Rangoon Lunatic Asylum 1898-1906 - 1898-1906
Year: 1898
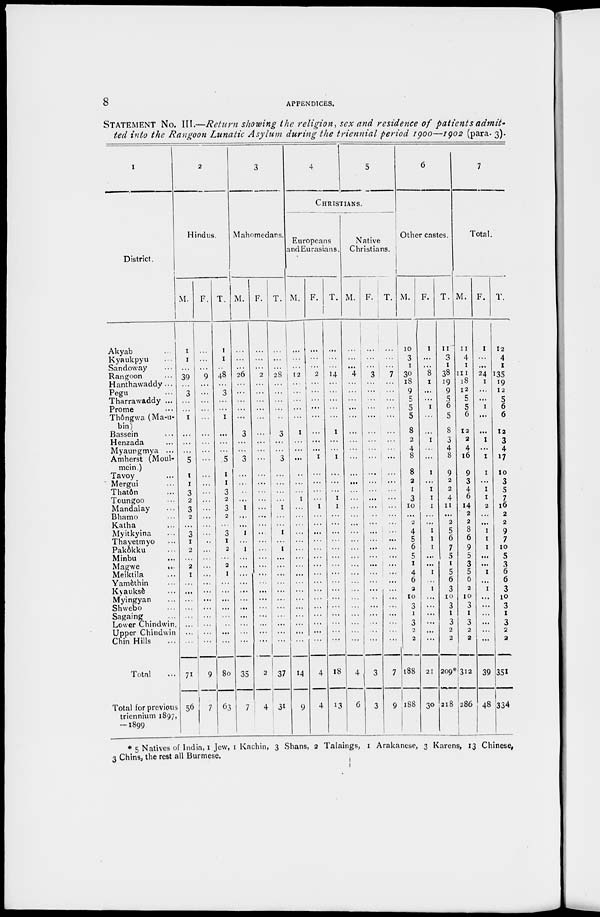
8
APPENDICES.
STATEMENT No. III.—Return showing the religion, sex and residence of patients
admit-
ted into the Rangoon Lunatic Asylum during the triennial period 1900—1902 (para. 3).
1
District.
Akyab ...
Kyaukpyu ...
Sandoway ...
Rangoon ...
Hanthawaddy ...
Pegu ...
Tharrawaddy ...
Prome ...
Thôngwa (Ma-u-
bin)
Bassein ...
Henzada ...
Myaungmya ...
Amherst (Moul-
mein.)
Tavoy ...
Mergui ...
Thatôn ...
Toungoo ...
Mandalay ...
Bhamo ...
Katha ...
Myitkyina ...
Thayetmyo ...
Pakôkku ...
Minbu ...
Magwe
...
Meiktila ...
Yamèthin ...
Kyauksè ...
Myingyan ...
Shwebo ...
Sagaing ...
Lower Chindwin
Upper Chindwin
Chin Hills ...
Total ...
Total for previous
triennium 1897,
—1899
2
Hindus.
M.
1
1
...
39
...
3
...
...
1
...
...
...
5
1
1
3
2
3
2
...
3
1
2
...
2
1
...
...
...
...
...
...
...
...
71
56
F.
...
...
...
9
...
...
...
...
...
...
...
...
...
...
...
...
...
...
...
...
...
...
...
...
...
...
...
...
...
...
...
...
...
...
9
7
T.
1
1
...
48
...
3
...
...
1
...
...
...
5
1
1
3
2
3
2
...
3
1
2
...
2
1
...
...
...
...
...
...
...
...
80
63
3
Mahomedans.
M.
...
...
...
26
...
...
...
...
...
3
...
...
3
...
...
...
...
1
...
...
1
...
1
...
...
...
...
...
...
...
...
...
...
...
35
7
F.
...
...
...
2
...
...
...
...
...
...
...
...
...
...
...
...
...
...
...
...
...
...
...
...
...
...
...
...
...
...
...
...
...
...
2
4
T.
1
...
...
28
...
...
...
...
...
3
...
...
3
...
...
...
...
1
...
...
1
...
1
...
...
...
...
...
...
...
...
...
...
...
37
31
4
5
CHRISTIANS.
Europeans
and Eurasians.
M.
...
...
...
12
...
...
...
...
...
1
...
...
...
...
...
...
1
...
...
...
...
...
...
...
...
...
...
...
...
...
...
...
...
...
14
9
F.
...
...
...
2
...
...
...
...
...
...
...
...
1
...
...
...
...
1
...
...
...
...
...
...
...
...
...
...
...
...
...
...
...
...
4
4
T.
...
...
...
14
...
...
...
...
...
1
...
...
1
...
...
...
1
1
...
...
...
...
...
...
...
...
...
...
...
...
...
...
...
...
18
13
Native
Christians.
M.
...
...
...
4
...
...
...
...
...
...
...
...
...
...
...
...
...
...
...
...
...
...
...
...
...
...
...
...
...
...
...
...
...
...
4
6
F.
...
...
...
3
...
...
...
...
...
...
...
...
...
...
...
...
...
...
...
...
...
...
...
...
...
...
...
...
...
...
...
...
...
...
3
3
T.
...
...
...
7
...
...
...
...
...
...
...
...
...
...
...
...
...
...
...
...
...
...
...
...
...
...
...
...
...
...
...
...
...
...
7
9
6
Other castes.
M.
10
3
1
30
18
9
5
5
5
8
2
4
8
8
2
1
3
10
...
2
4
5
6
5
1
4
6
2
10
3
1
3
2 2
188
188
F.
1
...
...
8
1
...
...
1
...
...
1
...
...
1
...
1
1
1
...
...
1
1
1
...
...
1
...
1
...
...
...
...
...
...
21
30
T.
11
3
1
38
19
9
5
6
5
8
3
4
8
9
2
2
4
11
...
2
5
6
7
5
1
5
6
3
10
3
1
3
2
2
209*
218
7
Total.
M.
11
4
1
111
18
12
5
5
6
12
2
4
16
9
3
4
6
14
2
2
8
6
9
5
3
5
6
2
10
3
1
3
2
2
312
286
F.
1
...
...
24
1
...
...
1
...
...
1
...
1
1
...
1
1
2
...
...
1
1
1
...
...
1
...
1
...
...
...
...
...
...
39
48
T.
12
4
1
135
19
12
5
6
6
12
3
4
17
10
3
5
7
16
2
2
9
7
10
5
3
6
6
3
10
3
1
3
2
2
351
334
* 5 Natives of India, 1 Jew, 1 Kachin, 3 Shans, 2 Talaings, 1 Arakanese, 3 Karens, 13 Chinese,
3 Chins, the rest all Burmese.